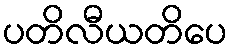
ပတိလီယတိပေ